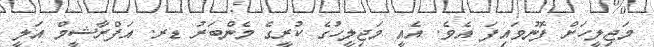
މަޖިލީހަށް ފޮނުވައިފަ އެވެ. އެއީ މަޖިލީހުގެ ކުރީގެ މެންބަރު ޑރ. އަފްރާޝީމް އަލީ